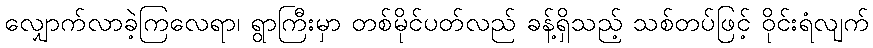
လျှောက်လာခဲ့ကြလေရာ၊ ရွာကြီးမှာ တစ်မိုင်ပတ်လည် ခန့်ရှိသည့် သစ်တပ်ဖြင့် ဝိုင်းရံလျက်